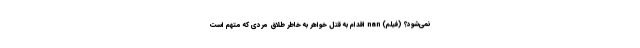
نمی‌شود؟ (فیلم) nan اقدام به قتل خواهر به خاطر طلاق مردی که متهم است